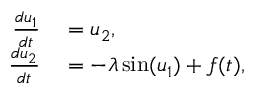
\begin{array} { r l } { \frac { d u _ { 1 } } { d t } } & { { } = u _ { 2 } , } \\ { \frac { d u _ { 2 } } { d t } } & { { } = - \lambda \sin ( u _ { 1 } ) + f ( t ) , } \end{array}